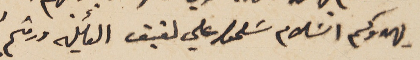
يهدوكم السَلام سَلموا علي لفيف العائِلة ودمتم